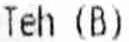
TEH (B)